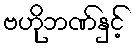
ဗဟိုဘဏ်နှင့်